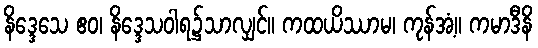
နိဒ္ဒေသေ ဧဝ၊ နိဒ္ဒေသဝါရ၌သာလျှင်။ ကထယိဿာမ၊ ကုန်အံ့။ ကမာဒီနိ